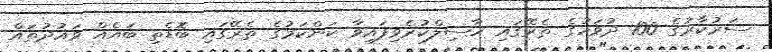
ސަރުކާރުގެ 100 ދުވަހުގެ ތެރޭގައި ހާސިލްކުރެވިފައިވާ ކަންކަމުގެ ތެރޭގައި ބޮޑެތި ބައެއް ވައުދުތައް